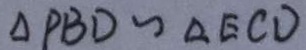
\Delta P B D \sim \Delta E C D